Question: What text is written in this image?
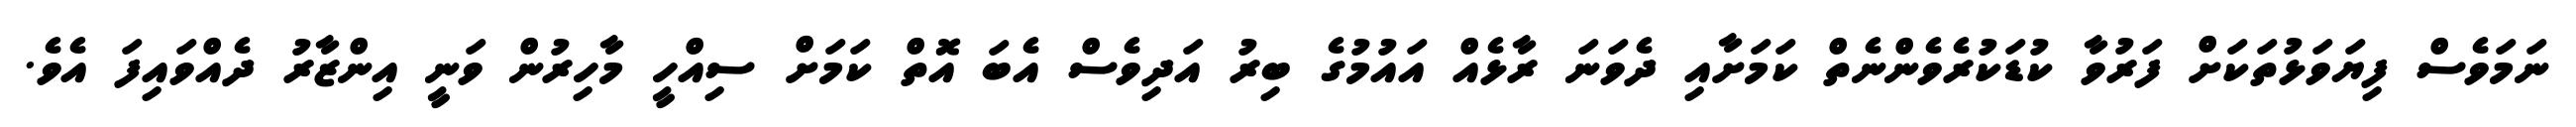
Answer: ނަމަވެސް ފިޔަވަޅުތަކަށް ފަރުވާ ކުޑަކުރެވެންނެތް ކަމަށާއި ދެވަނަ ރާޅެއް އައުމުގެ ބިރު އަދިވެސް އެބަ އޮތް ކަމަށް ސިއްހީ މާހިރުން ވަނީ އިންޒާރު ދެއްވައިފަ އެވެ.